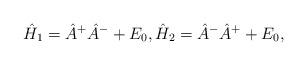
LaTeX: \begin{align*} \hat{H}_1 = \hat{A}^+ \hat{A}^- + E_0, \hat{H}_2 = \hat{A}^- \hat{A}^+ + E_0,\end{align*}